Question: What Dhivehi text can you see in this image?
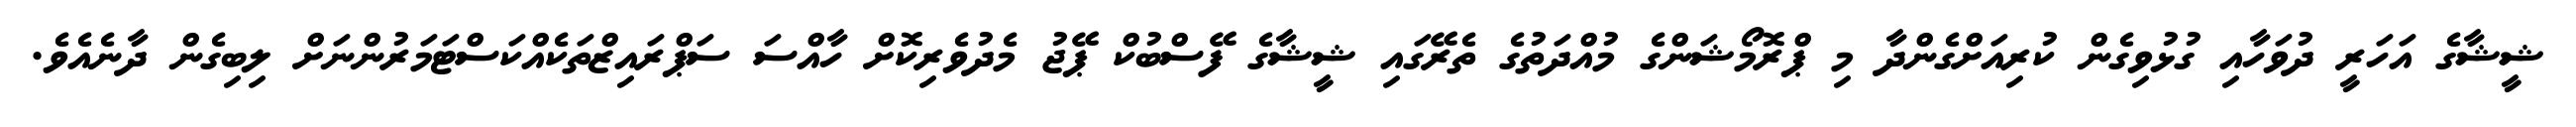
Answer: ޝީޝާގެ އަހަރީ ދުވަހާއި ގުޅުވިގެން ކުރިއަށްގެންދާ މި ޕްރޮމޯޝަންގެ މުއްދަތުގެ ތެރޭގައި ޝީޝާގެ ފޭސްބުކް ޕޭޖު މެދުވެރިކޮށް ހާއްސަ ސަޕްރައިޒްތަކެއްކަސްޓަމަރުންނަށް ލިބިގެން ދާނެއެވެ.